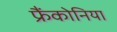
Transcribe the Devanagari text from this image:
फ्रैंकोनिया